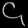
Digit: ၄